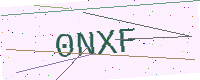
Text: 0NXF